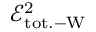
\mathcal { E } _ { \mathrm { t o t . - W } } ^ { 2 }